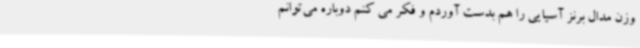
وزن مدال برنز آسیایی را هم بدست آوردم و فکر می کنم دوباره می‌توانم